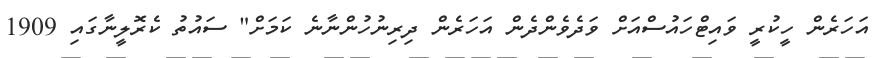
އަހަރެން ހީކުރީ ވައިޓްހައުސްއަށް ވަދެވެންދެން އަހަރެން ދިރިނުހުންނާނެ ކަމަށް" ސައުތު ކެރޮލީނާގައި 1909